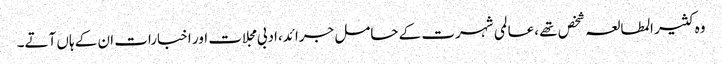
وہ کثیر المطالعہ شخص تھے ،عالمی شہرت کے حامل جرائد،ادبی مجلات اور اخبارات ان کے ہاں آتے۔